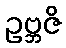
ဥဗ္ဘဇိ